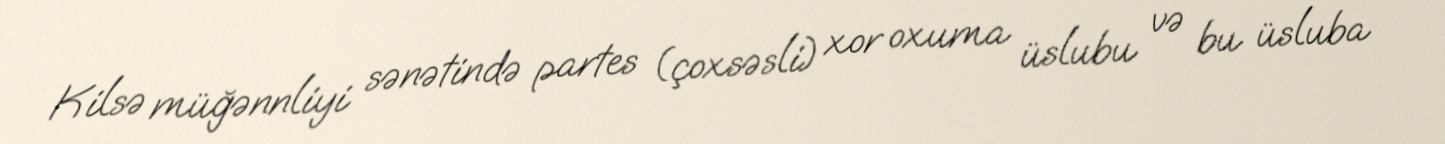
Kilsə müğənnliyi sənətində partes (çoxsəsli) xor oxuma üslubu və bu üsluba